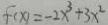
f ( x ) = - 2 x ^ { 3 } + 3 x ^ { 2 }